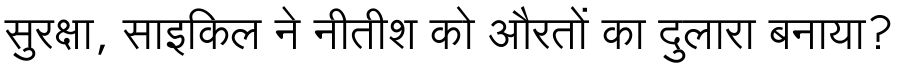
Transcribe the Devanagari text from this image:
सुरक्षा, साइकिल ने नीतीश को औरतों का दुलारा बनाया?